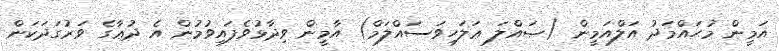
އަމީން މުޙައްމަދު އަލްއަމީން (ޞައްލަ ޢަލަހިވަސައްލަމް) އާމީން ވިދާޅުވެފައިވުމުން އެ ދުޢާގެ ވަރުގަދަކަން